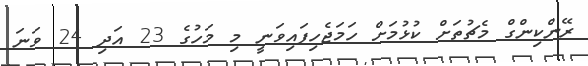
ރޭންކިންގް މެޗުތަށް ކުޅުމަށް ހަމަޖެހިފައިވަނީ މި މަހުގެ 23 އަދި 24 ވަނަ